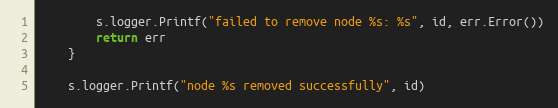
Language: Go
		s.logger.Printf("failed to remove node %s: %s", id, err.Error())
		return err
	}

	s.logger.Printf("node %s removed successfully", id)